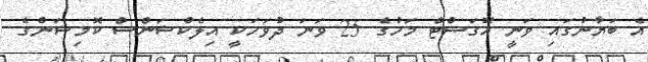
އެ ބަޔާނުގައި ވަނީ އޮގަސްޓް މަހުގެ 25 ވަނަ ދުވަހަކީ އިލެކްޝަންސް ކޮމިޝަންގެ